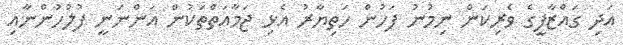
އަދި ގައްޒާފީގެ ވެރިކަން ނިމުނު ފަހުން ހަތިޔާރު އެޅި ޖަމާއަތްތަކުން އަންނަނީ ފުލުހުންނާއި